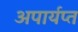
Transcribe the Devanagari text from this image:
अपार्यप्त